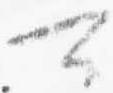
可